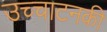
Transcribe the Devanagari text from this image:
उच्चाटनकी